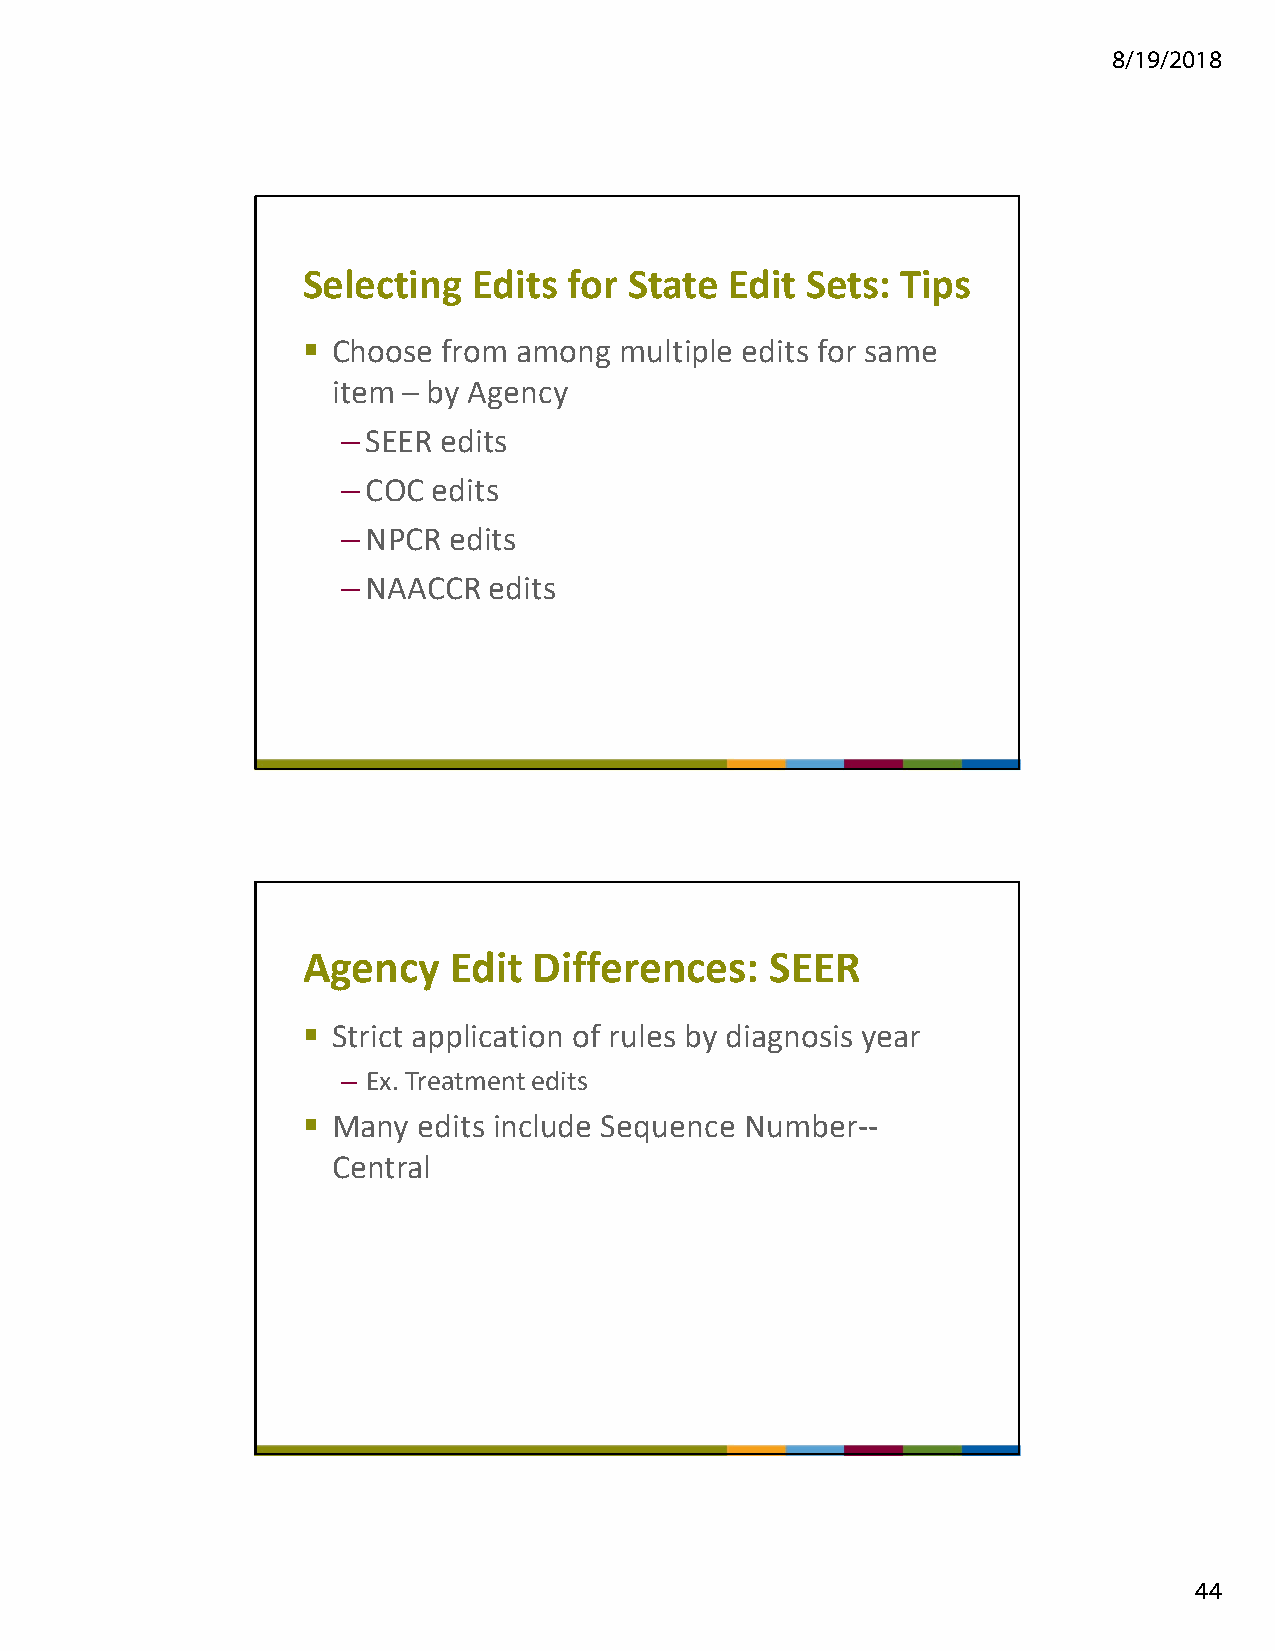
8/19/2018
 Selecting  Edits  for State Edit Sets:  Tips
  Choose from among  multiple edits for same
 item – by Agency
 –SEER edits
 –COC  edits
 –NPCR  edits
 –NAACCR  edits
 Agency    Edit Differences:    SEER
  Strict application of rules by diagnosis year
 – Ex. Treatment edits
  Many  edits include Sequence Number--
 Central
 44